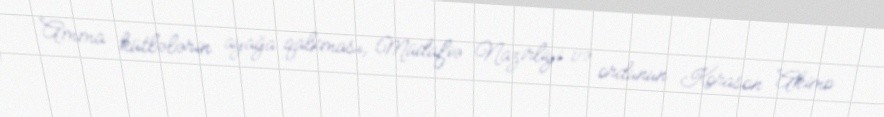
Amma kütlələrin ayağa qalxması, Müdafiə Nazirliyi və ordunun Korason Akimo